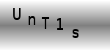
Text: UnT1s